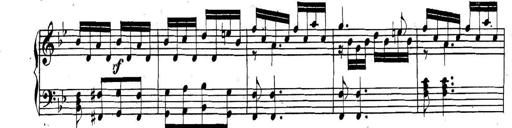
Title: Collected Piano Sonatas
Composer: Muzio Clementi